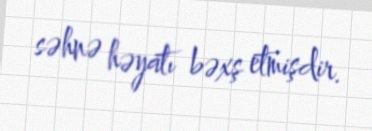
səhnə həyatı bəxş etmişdir.